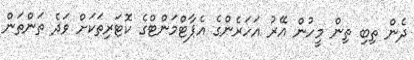
ދެން ތިބި ތިން މީހުން އޭރު އަހަރެންގެ އެޕާޓްމަންޓްގެ ކޮޓަރިތަކަށް ވަދެ ތަންތަން